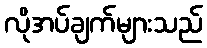
လိုအပ်ချက်များသည်